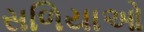
સળિયાઓ